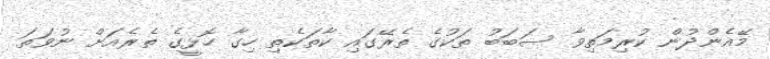
މޭއެންދުން ކުރިމަތިވާ ސަބަބު ތަކުގެ ތެރޭގައި ކާތަކެތި ހިގާ ހޮޅީގެ ތެރެއަށް ނުވަތަ